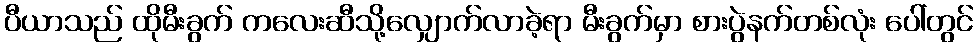
ပီယာသည် ထိုမီးခွက် ကလေးဆီသို့လျှောက်လာခဲ့ရာ မီးခွက်မှာ စားပွဲနက်တစ်လုံး ပေါ်တွင်